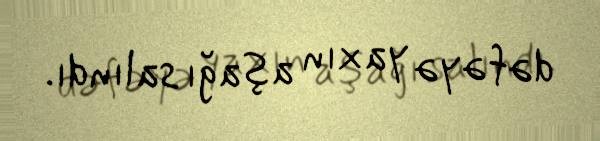
dəfəyə yaxın aşağı salındı.